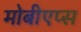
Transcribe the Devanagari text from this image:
मोबीएप्स